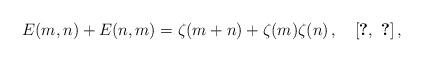
LaTeX: \begin{align*}E(m,n)+E(n,m)=\zeta(m+n)+\zeta(m)\zeta(n)\,,\quad\cite{flajolet, adegoke15}\,,\end{align*}